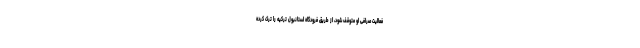
فعالیت صرافی او متوقف شود، از طریق فرودگاه استانبول ترکیه را ترک کرده